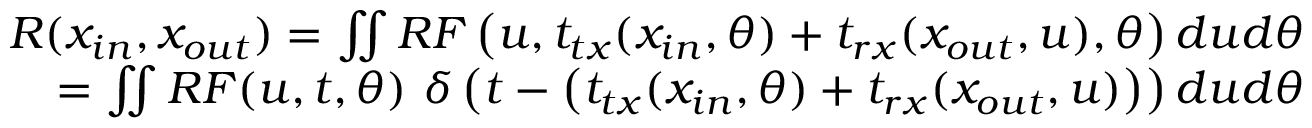
\begin{array} { r l r } & { } & { R ( x _ { i n } , x _ { o u t } ) = \iint { R F \left( u , t _ { t x } ( x _ { i n } , \theta ) + t _ { r x } ( x _ { o u t } , u ) , \theta \right) d u d \theta } } \\ & { } & { = \iint { R F ( u , t , \theta ) ~ \delta \left( t - \left( t _ { t x } ( x _ { i n } , \theta ) + t _ { r x } ( x _ { o u t } , u ) \right) \right) d u d \theta } } \end{array}